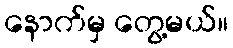
နောက်မှ တွေ့မယ်။